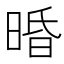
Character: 𣇲